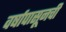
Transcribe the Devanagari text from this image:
वर्षापासूनची